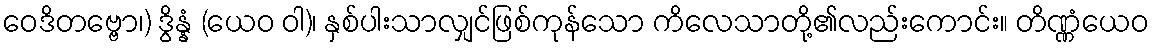
ဝေဒိတဗ္ဗော၊) ဒွိန္နံ (ယေဝ ဝါ)၊ နှစ်ပါးသာလျှင်ဖြစ်ကုန်သော ကိလေသာတို့၏လည်းကောင်း။ တိဏ္ဏံယေဝ